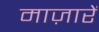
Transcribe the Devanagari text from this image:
माज़ारें